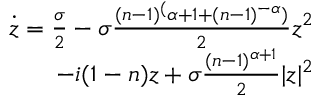
\begin{array} { r } { \dot { z } = \frac { \sigma } { 2 } - \sigma \frac { ( n - 1 ) ^ { ( } \alpha + 1 + ( n - 1 ) ^ { - \alpha } ) } { 2 } z ^ { 2 } } \\ { - i ( 1 - n ) z + \sigma \frac { ( n - 1 ) ^ { \alpha + 1 } } { 2 } | z | ^ { 2 } } \end{array}